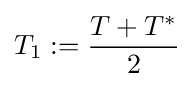
T_{1}:={\frac {T+T^{*}}{2}}